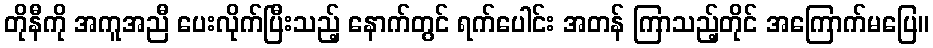
တိုနီကို အကူအညီ ပေးလိုက်ပြီးသည့် နောက်တွင် ရက်ပေါင်း အတန် ကြာသည့်တိုင် အကြောက်မပြေ။